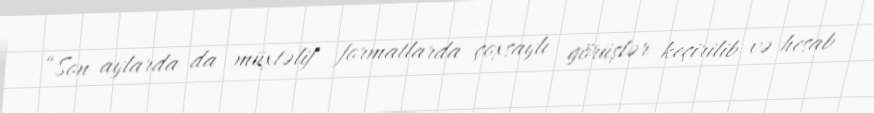
“Son aylarda da müxtəlif formatlarda çoxsaylı görüşlər keçirilib və hesab